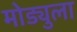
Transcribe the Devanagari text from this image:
मोड्युला